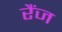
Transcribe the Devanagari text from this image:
रैंज